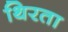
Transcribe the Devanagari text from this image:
थिरता